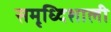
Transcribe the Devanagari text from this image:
समृध्दिशाली